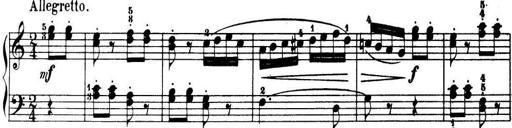
Title: 32 Sonatinas and Rondos for the Piano
Composer: Richard Kleinmichel